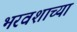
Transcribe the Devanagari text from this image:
भरवशाच्या